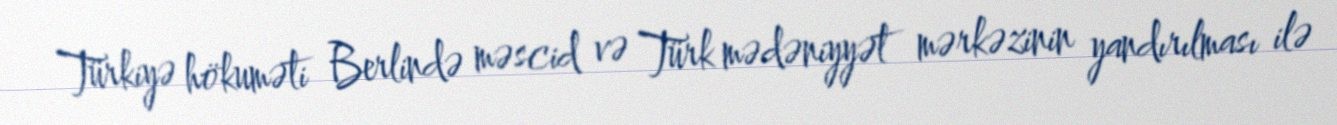
Türkiyə hökuməti Berlində məscid və Türk mədəniyyət mərkəzinin yandırılması ilə